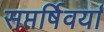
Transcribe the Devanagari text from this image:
सप्तर्षिवर्या